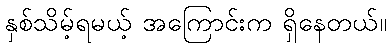
နှစ်သိမ့်ရမယ့် အကြောင်းက ရှိနေတယ်။